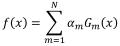
\[
f(x)=\sum_{m = 1}^{N} a_m \Gamma_m(x)
\]